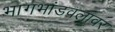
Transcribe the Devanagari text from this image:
भागभांडवलावर